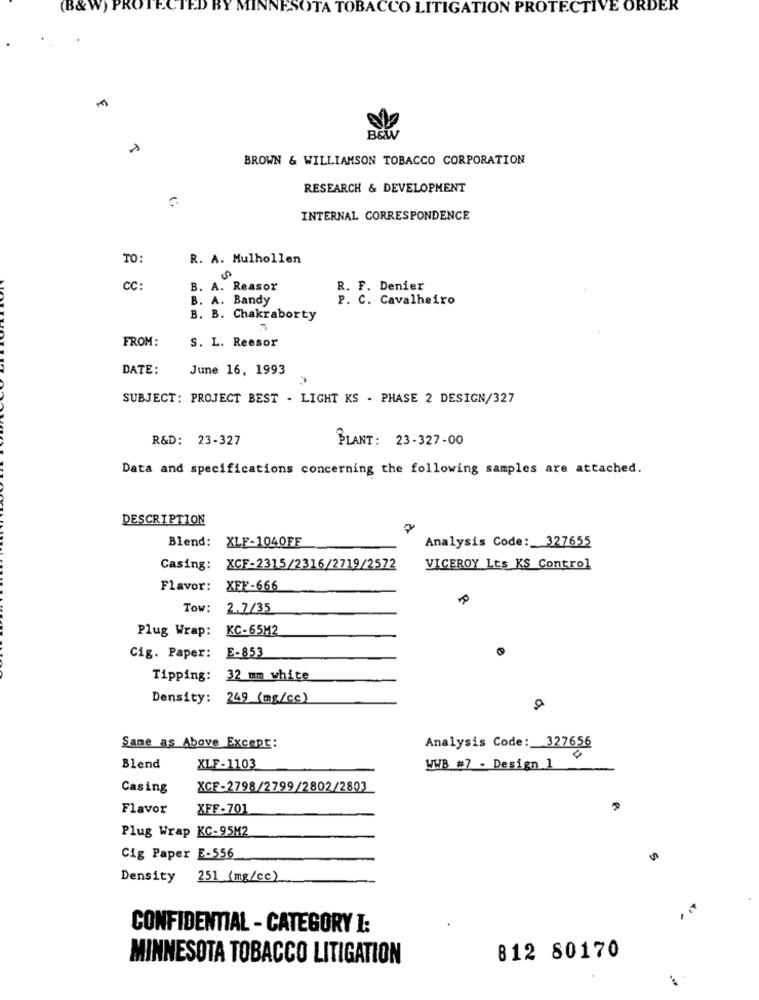
(B& W) PROTECTED BY MINNE
SOTA TOBACCO LITIGATION PROTECTIVE ORDER
BEW
BROWN & WILLIAMSON TOBACCO CORPORATION
RESEARCH & DEVELOPMENT
INTERNAL CORRESPONDENCE
TO:
R. A. Mulhollen
CC:
B. A. Reasor
R. F. Denier
B. A. Bandy
P. C. Cavalheiro
B. B. Chakraborty
FROM:
S. L. Reesor
DATE:
June 16, 1993
SUBJECT: PROJECT BEST - LIGHT KS - PHASE 2 DESIGN/327
R&D: 23-327
PLANT: 23-327-00
Data and specifications concerning the following samples are attached.
DESCRIPTION
Blend: XLF-1040FF
Analysis Code: 327655
Casing:
XCF-2315/2316/2719/2572
VICEROY Lts KS Control
Flavor:
XFF-666
Tow:
2.7/35
Plug Wrap:
KC-65M2
E-853
Cig. Paper:
Tipping: 32 mm white
Density: 249 (mg/cc)
Analysis Code: 327656
Same as Above Except:
Blend
XLF-1103
WWB #7 - Design 1
Casing
XCF-2798/2799/2802/2803
Flavor
XFF -701
Plug Wrap KC-95M2
Cig Paper E-556
Density
251 (mg/cc)
CONFIDENTIAL - CATEGORY I:
MINNESOTA TOBACCO LITIGATION
812 80170